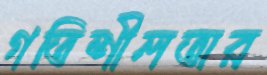
গতিশীলতার